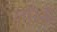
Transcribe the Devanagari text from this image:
लरिनी